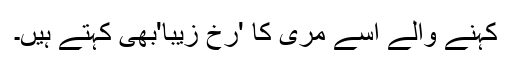
کہنے والے اسے مری کا 'رخ زیبا'بھی کہتے ہیں۔